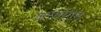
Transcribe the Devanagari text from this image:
करयोगम